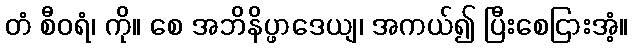
တံ စီဝရံ၊ ကို။ စေ အဘိနိပ္ဖာဒေယျ၊ အကယ်၍ ပြီးစေငြားအံ့။